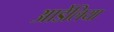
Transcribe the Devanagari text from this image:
आर्डेलिया